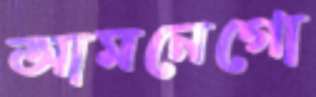
আমনেগো